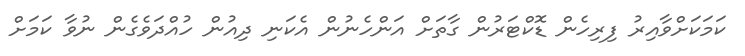
ކަމަކަށްވާއިރު ފިރިހެން ޑޮކްޓަރުން ގާތަށް އަންހެނުން އެކަނި ދިއުން ހުއްދަވެގެން ނުވާ ކަމަށް